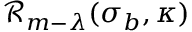
\mathcal { R } _ { m - \lambda } ( \sigma _ { b } , \kappa )